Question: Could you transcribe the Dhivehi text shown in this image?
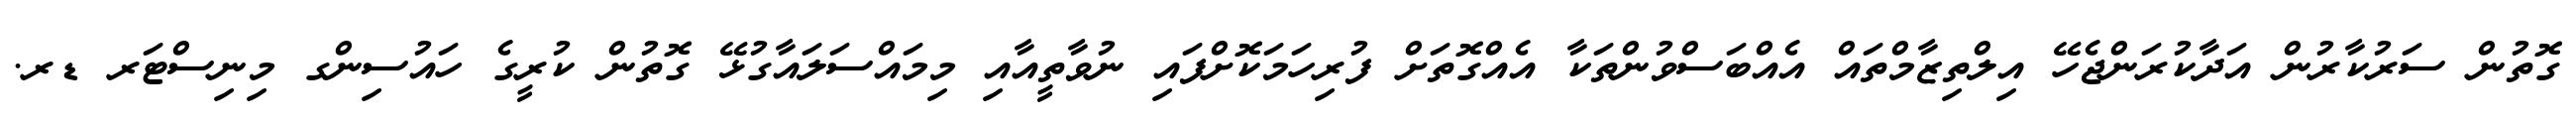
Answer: ގޮތުން ސަރުކާރުން އަދާކުރަންޖެހޭ އިލްތިޒާމްތައް އެއްބަސްވުންތަކާ އެއްގޮތަށް ފުރިހަމަކޮށްފައި ނުވާތީއާއި މިމައްސަލައާގުޅޭ ގޮތުން ކުރީގެ ހައުސިންގ މިނިސްޓަރ ޑރ.